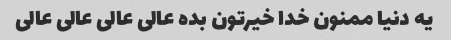
یه دنیا ممنون خدا خیرتون بده عالی عالی عالی عالی